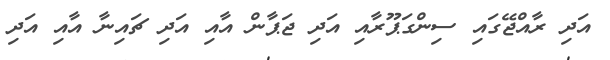
އަދި ރާއްޖޭގައި ސިންގަޕޫރާއި އަދި ޖަޕާން އާއި އަދި ޗައިނާ އާއި އަދި